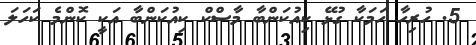
5. ހުރިހާ ހަމަކާ ގުޅޭ ކިއުކަންބާ މާސްކް ކިއުކަންބާ އަކީ ކޮންމެ ކަހަލަ